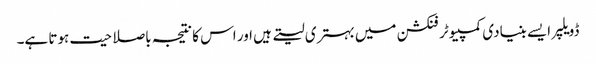
ڈویلپر ایسے بنیادی کمپیوٹر فنکشن میں بہتری لیتے ہیں اور اس کا نتیجہ باصلاحیت ہوتا ہے۔